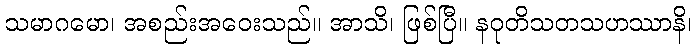
သမာဂမော၊ အစည်းအဝေးသည်။ အာသိ၊ ဖြစ်ပြီ။ နဝုတိသတသဟဿာနိ၊